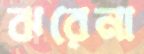
ঝরেনা